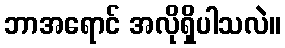
ဘာအရောင် အလိုရှိပါသလဲ။